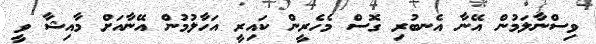
ވިސްނާލަމުން އޭނާ އެނބުރި ގޮސް މެހެރީން ކައިރީ އަހާލުމުން އޭނާއަށް މާއިޝާ ވީ